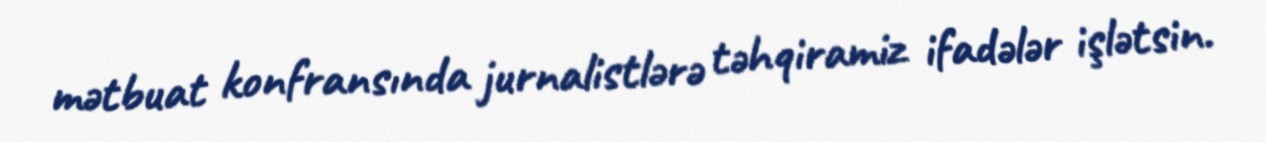
mətbuat konfransında jurnalistlərə təhqiramiz ifadələr işlətsin.